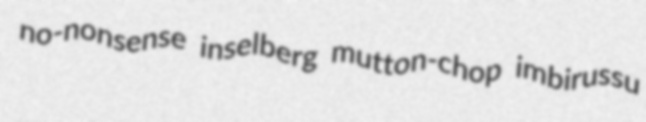
no-nonsense inselberg mutton-chop imbirussu